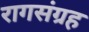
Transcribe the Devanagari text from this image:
रागसंग्रह